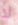
لا